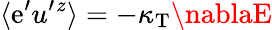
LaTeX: \langle{\mathrm{e}^{\prime}u^{\prime}{}^{z}}\rangle=-\kappa_{\mathrm{{{T}}}}\nablaE